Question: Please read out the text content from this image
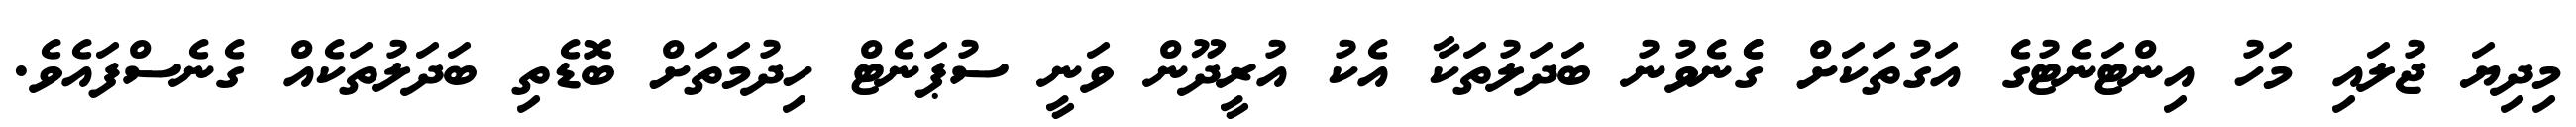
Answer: މިދިޔަ ޖުލައި މަހު އިންޓަނެޓުގެ އަގުތަކަށް ގެެނެވުނު ބަދަލުތަކާ އެކު އުރީދޫން ވަނީ ސުޕަނެޓް ހިދުމަތަށް ބޮޑެތި ބަދަލުތަކެއް ގެނެސްފައެވެ.